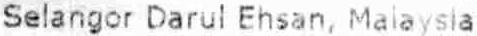
SELANGOR DARUL EHSAN, MALAYSIA